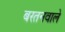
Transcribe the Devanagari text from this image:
बरतनवाले